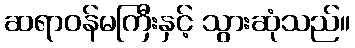
ဆရာဝန်မကြီးနှင့် သွားဆုံသည်။